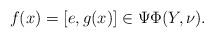
LaTeX: \begin{align*}f(x)=[e,g(x)]\in \Psi\Phi(Y,\nu).\end{align*}